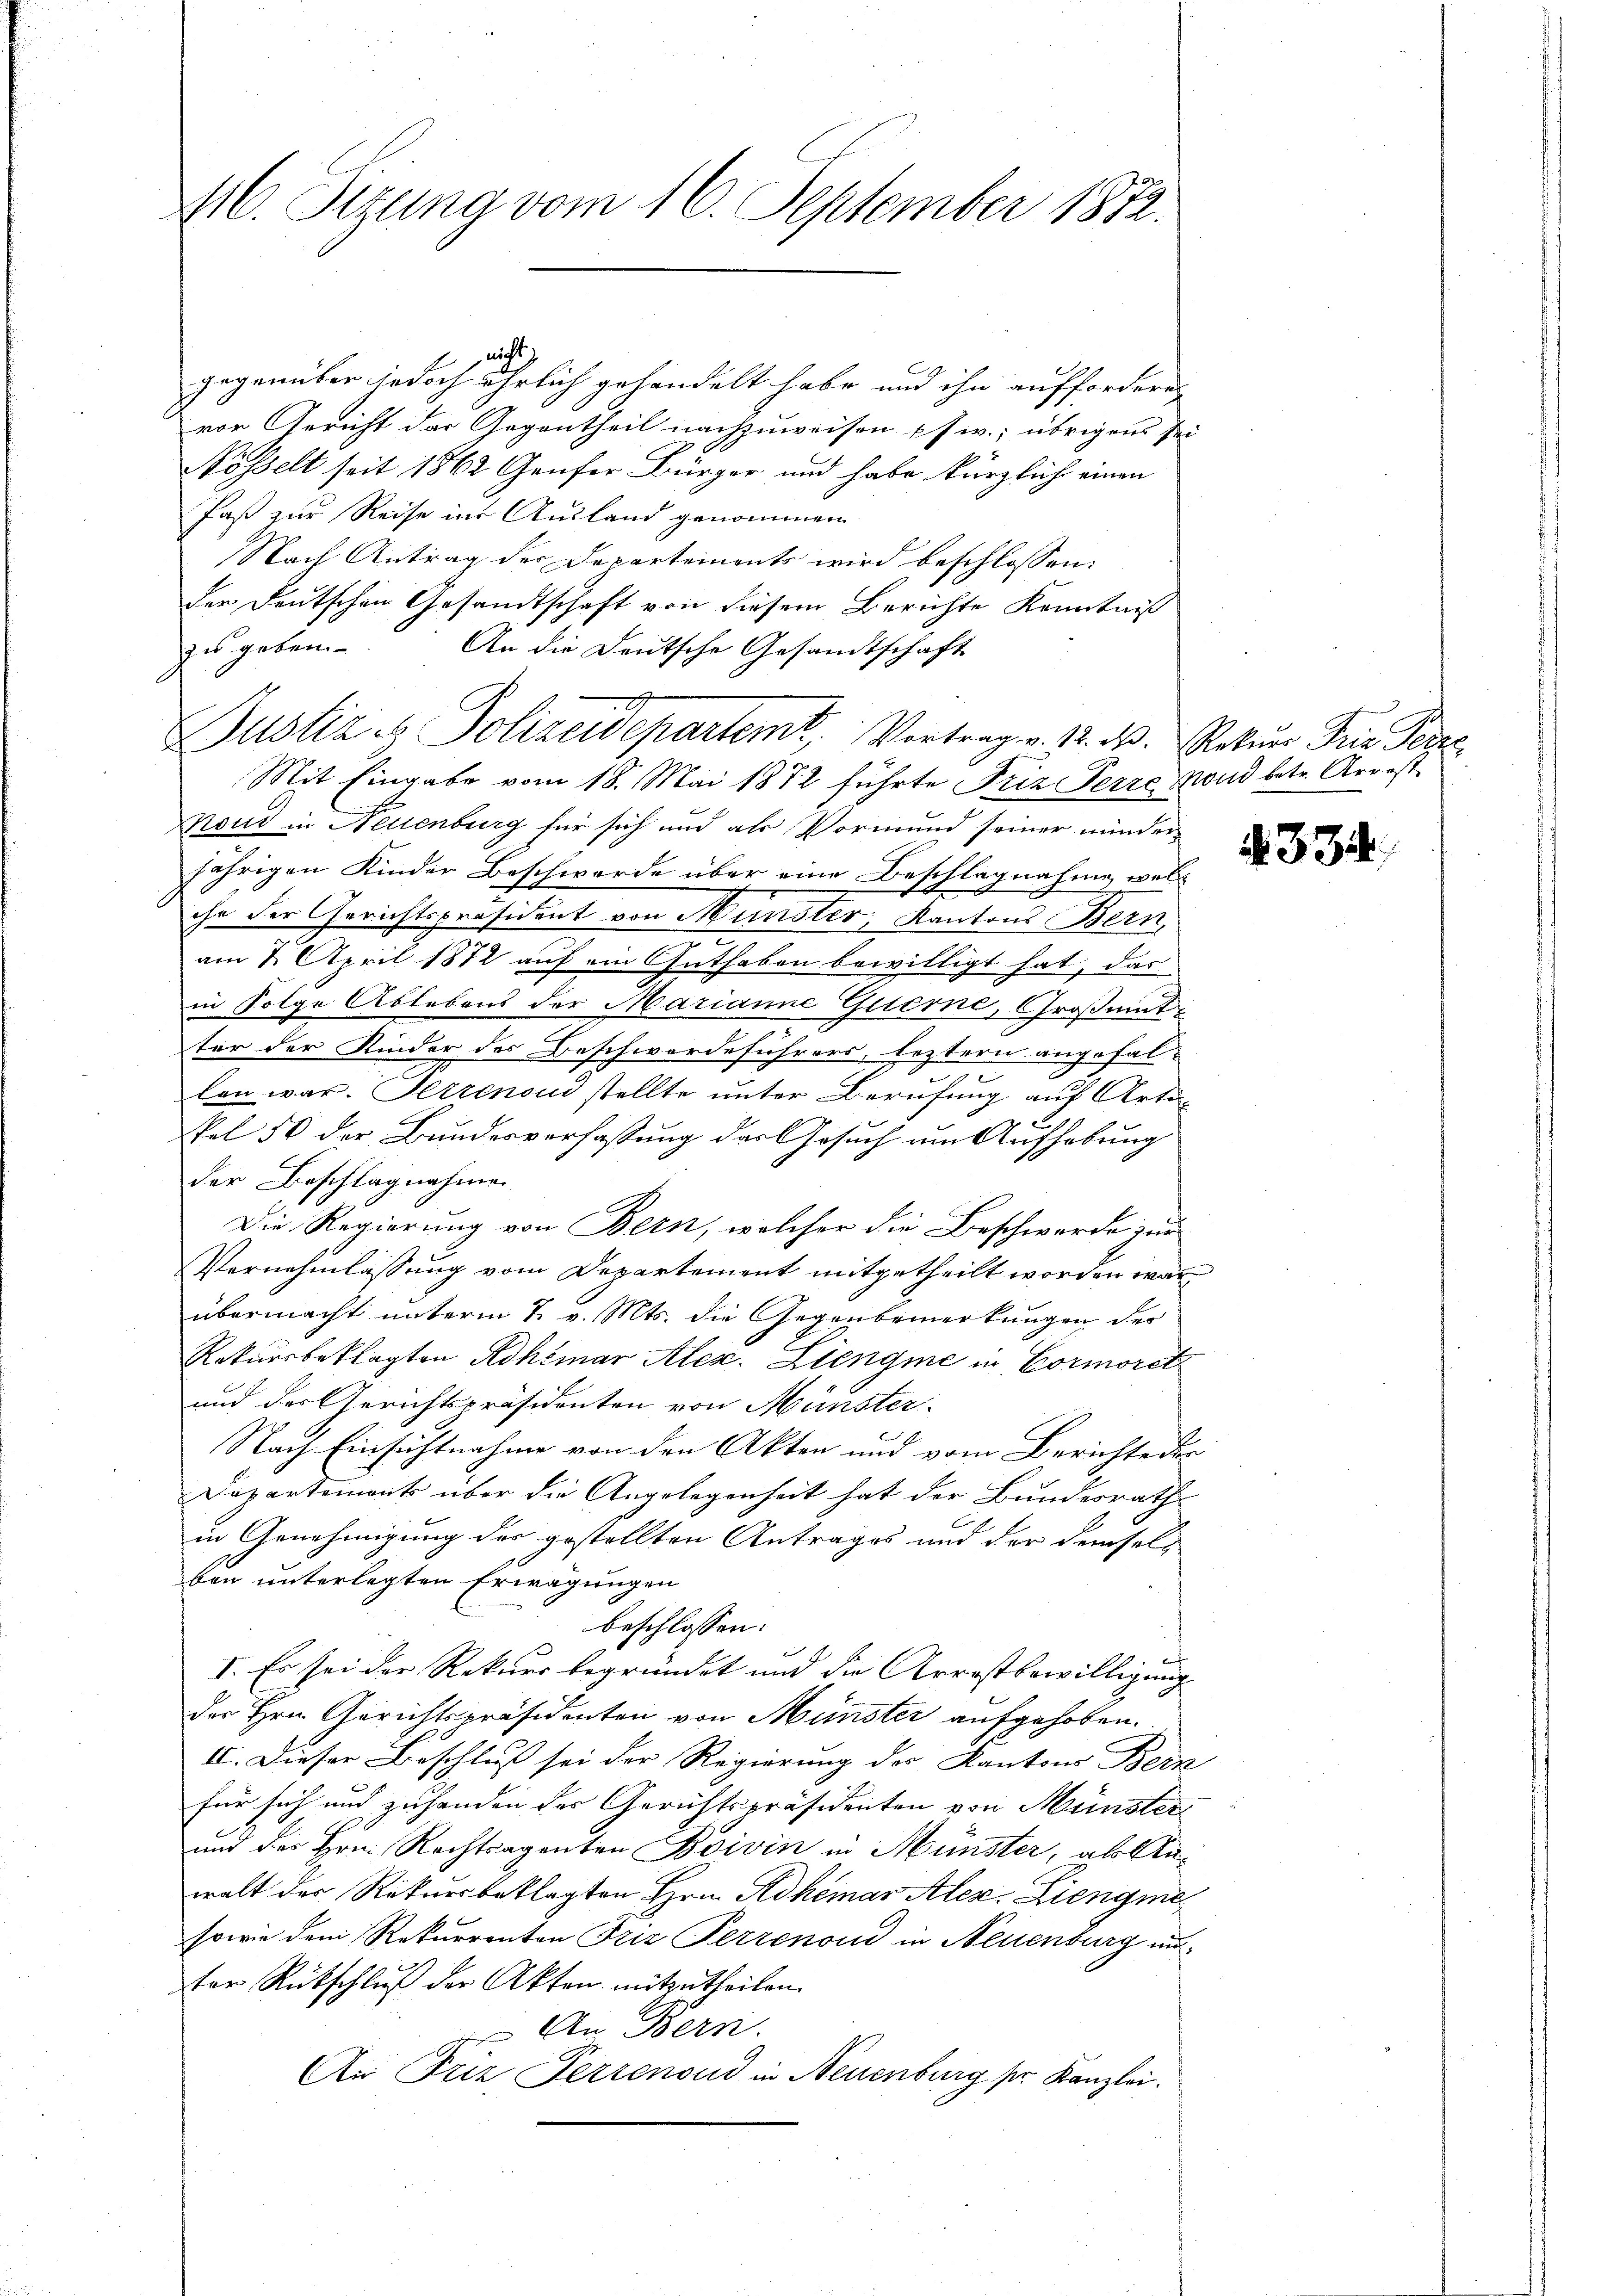
46. Setzung vom 16. September 1872.

nicht,
gegenüber jedoch ehrlich gehandelt habe und ihn auffordern,
vor Gericht das Gegentheil nachzuweisen pfw.; übrigens sei
Nösselt seit 1862 Geufer Bürger und habe kürzliche einen
Paß zur Reise ins Ausland genommen
Nach Antrag der Departements wird beschlossen:
der Deutschen Gesandtschaft von diesem Berichte Kenntniß
zu geben.
An die Deutsche Gesandtschaft
Justiz u. Polizeidepartemt, Vortrag v. 12. d. Rekurs Frie Pete
Mit Eingabe vom 18. Mai 1872 führte Friz erze Nond betr. Arrest
noud in Neuenburg für sich und als Vormund seiner minderjährigen Kinder Beschwerde über eine Beschlagnahme wel
che der Gerichtspräsident von Münster, Kantons Bern,
am 2. April 1872 auf ein Guthaben bewilligt hat, das
in Folge Ablebens der Marianne Guerne, Großmut-
e
ter der Kinder des Beschwerdeführers, leztern angefal-
len war. Herrenou stellte unter Berufung auf Arti¬
Pel 50 der Bundesverfassung des Gesuch um Aufhebung
der Beschlagnahme.
Die Regierung von Bern, welcher die Beschwerde zur
Vernehmlassung vom Departement mitgetheilt worden war
übermacht unterm 7. v. Mts. die Gegenbemerkungen der
Rekursbeklagten Adhimar Alex. Zlengme in Cormorst
und des Gerichtspräsidenten von Münster
Nach Einsichtnahme von den Akten und vom Berichte der
Dapartements über die Angelegenheit hat der Bundesrath
in Genehmigung der gestellten Antrages und der dersels
bon unterlegten Erwägungen
beschlossen:
1
I. Es sei der Rekurs begründet mit die Arrostbewilligung
der Hrn. Gerichtspräsidenten von Münster aufgehoben.
II. Dieser Beschluß sei der Regierung des Kantons Bern
für sich und zuhanden der Gerichtspräsidenten von Münster
und des Hrn. Rechtragenten Boivin in Münster, ab la-
walt der Rekursbeklagten Hrn. Adhemar Alex. Liengme
sowie dem Rekurrenten Friz Perrenoud in Neuenburg un
ter Rückschluß der Akten mitzutheilen.
An Bern.
Air Friz Ferrenoud in Neuenburg pr. Kanzlei.

4334